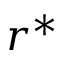
r ^ { \ast }